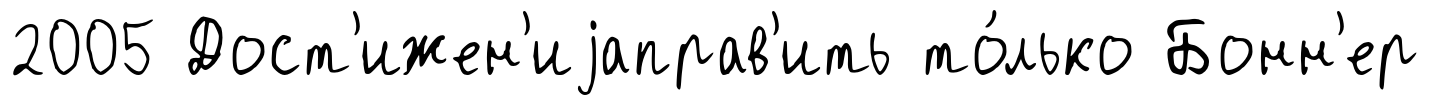
2005 Дост'ижен'иjаправ'ить то́лько Бонн'ер